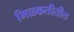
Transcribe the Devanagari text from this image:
मिळकतीतील